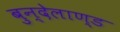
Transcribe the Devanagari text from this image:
बुन्देलाण्ड